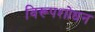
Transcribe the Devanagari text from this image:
विरूपशोधन